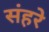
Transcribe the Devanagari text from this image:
संहरे